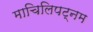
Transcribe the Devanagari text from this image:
माचिलिपट्नम